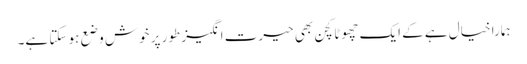
ہمارا خیال ہے کے ایک چھوٹا کچن بھی حیرت انگیز طور پر خوش وضع ہو سکتا ہے۔